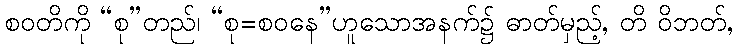
စဝတိကို “စု”တည်၊ “စု=စဝနေ”ဟူသောအနက်၌ ဓာတ်မှည့်, တိ ဝိဘတ်,